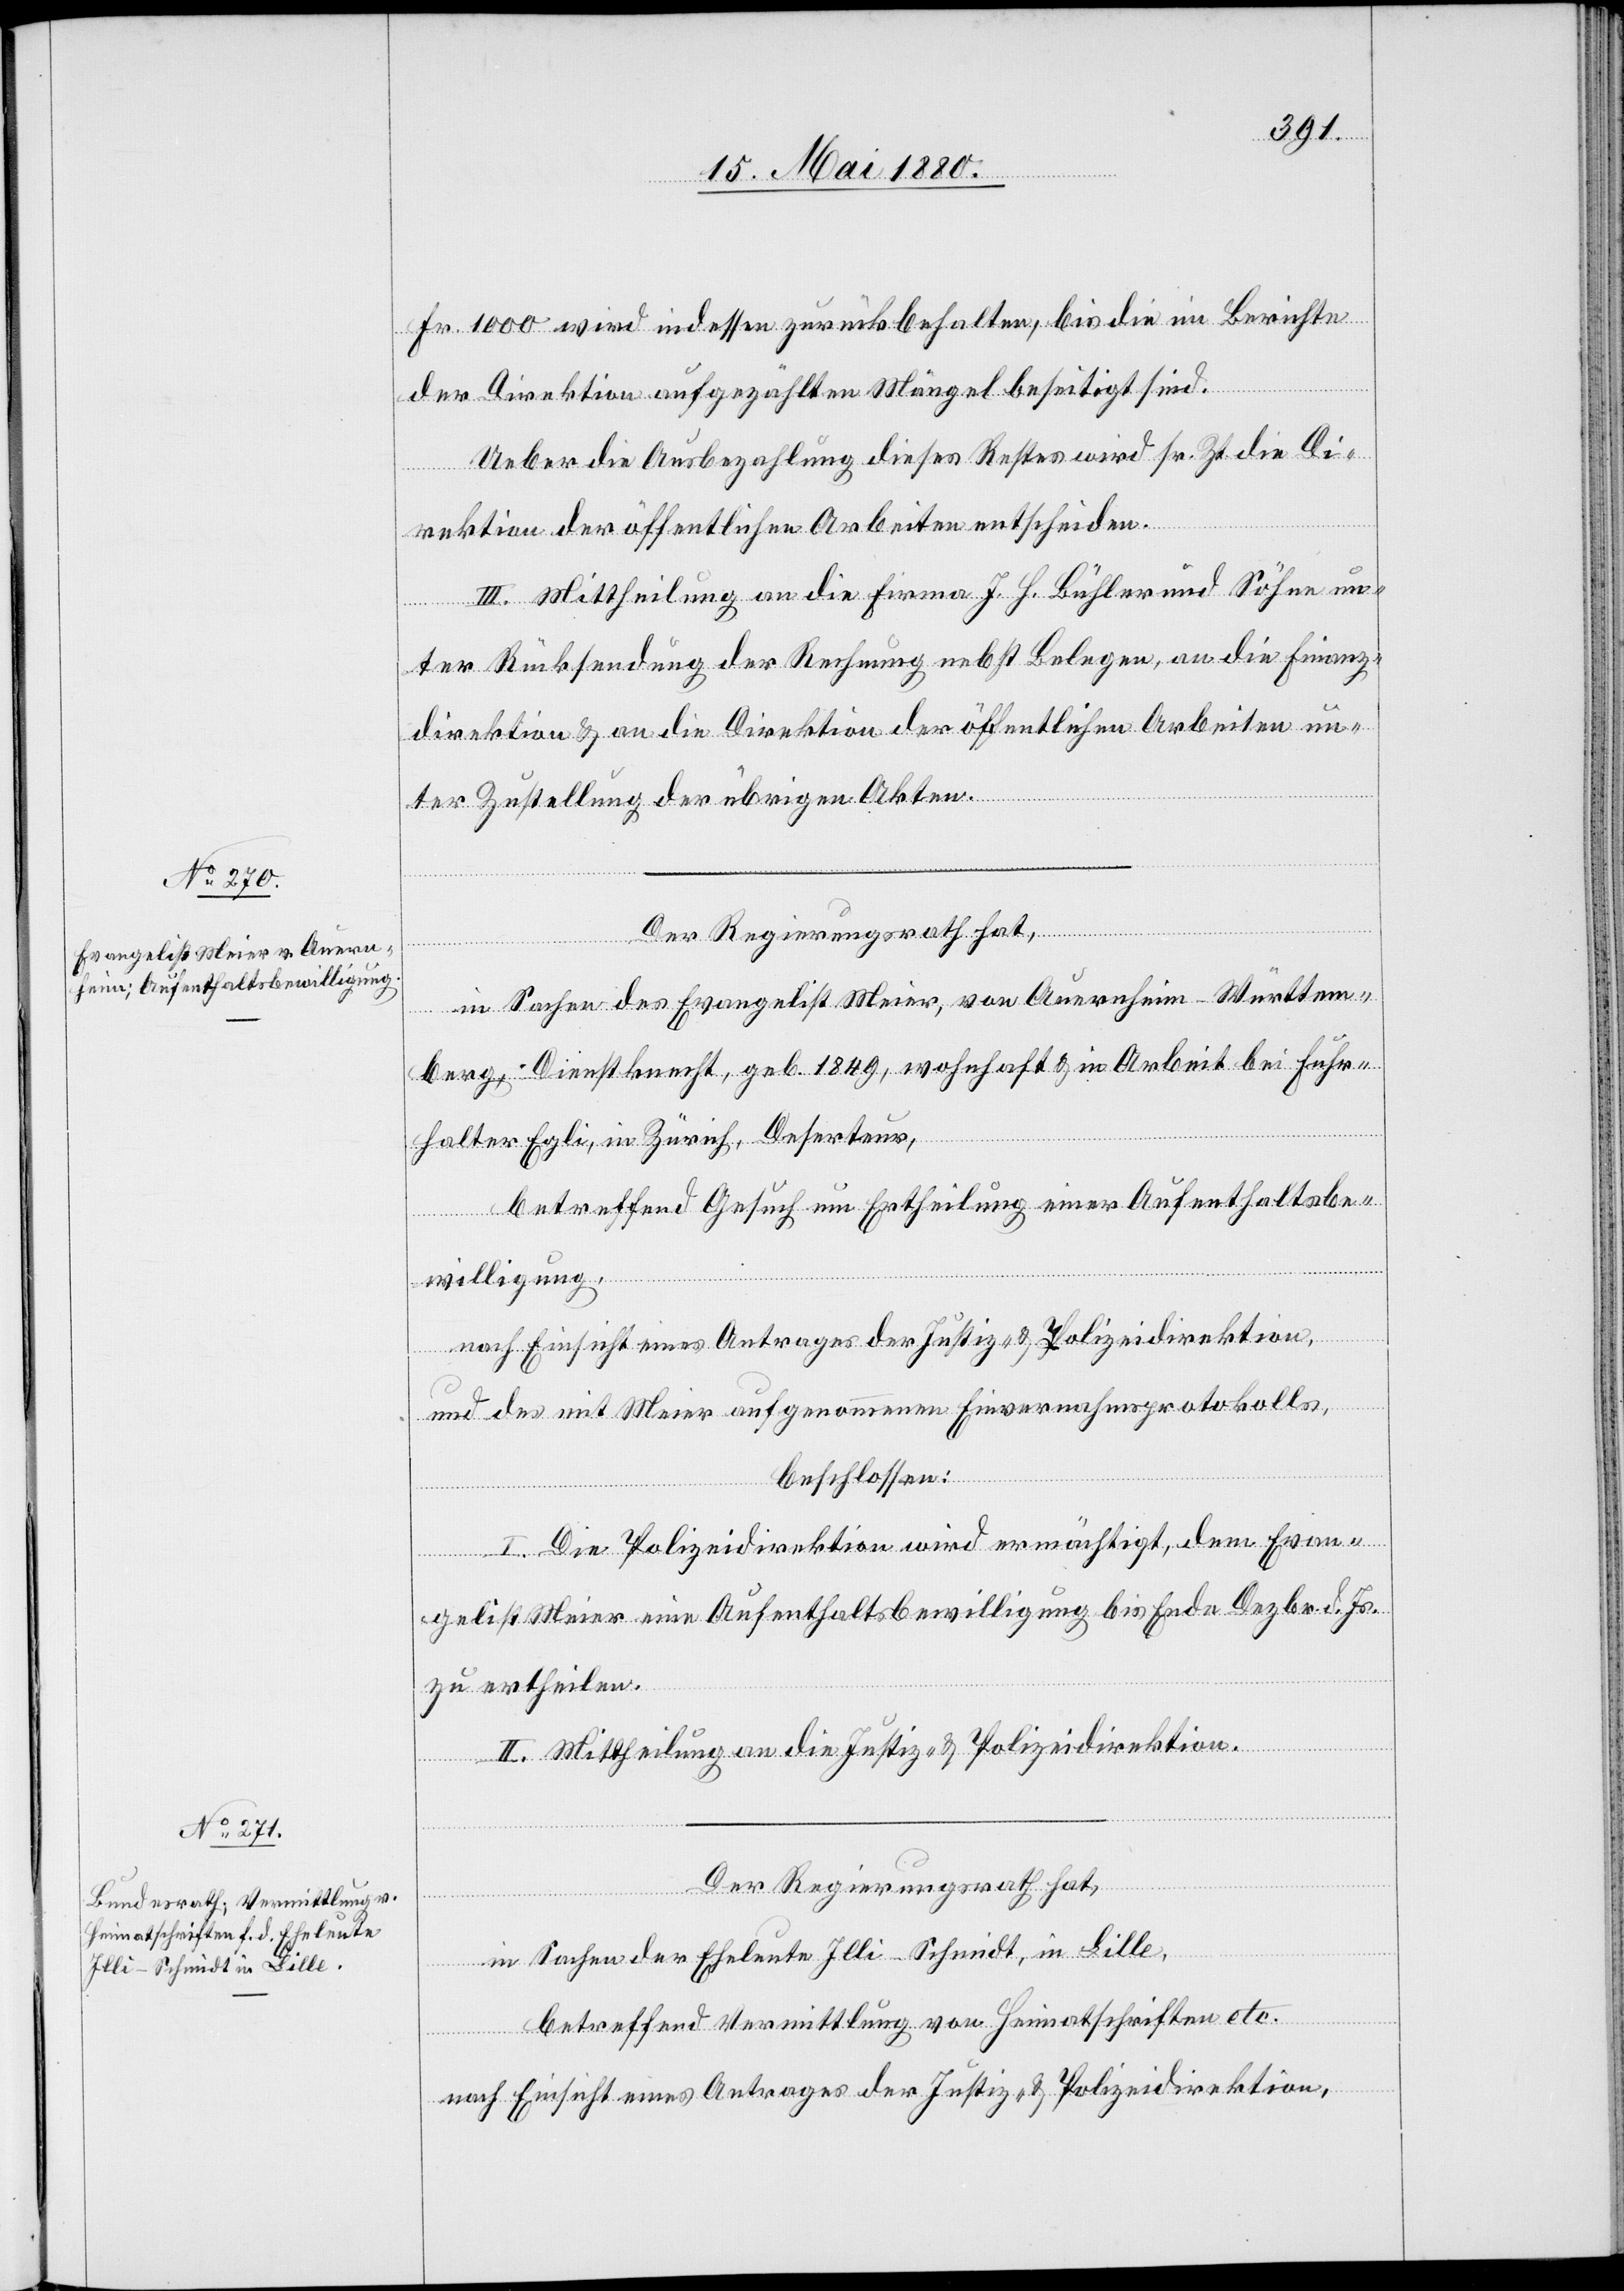
Fr. 1000 wird indessen zurückbehalten, bis die im Berichte
der Direktion aufgezählten Mängel beseitigt sind.
Ueber die Ausbezahlung dieses Rechtes wird sr. Zt die Di¬
rektion der öffentlichen Arbeiten entscheiden.
III. Mittheilung an die Firma J. H. Bühler und Söhne un¬
ter Rücksendung der Rechnung nebst Belegen, an die Finanz¬
direktion & an die Direktion der öffentlichen Arbeiten un¬
ter Zustellung der übrigen Akten.
Der Regierungsrath hat,
in Sachen des Evangelisten Meier, von Auernheim - Württem¬
berg, Dienstknecht, geb. 1849, wohnhaft & in Arbeit bei Fuhr¬
halter Egli, in Zürich, Deserteur,
betreffend Gesuch um Ertheilung einer Aufenthaltsbe¬
willigung,
nach Einsicht eines Antrages der Justiz- & Polizeidirektion,
und des mit Meier aufgenommenen Einvernahmsprotokolls,
beschlossen:
I. Die Polizeidirektion wird ermächtigt, dem Evan¬
gelist Meier eine Aufenthaltsbewilligung bis Ende Dezbr. d. Js.
zu ertheilen.
II. Mittheilung an die Justiz- & Polizeidirektion.
Der Regierungsrath hat,
in Sachen der Eheleute Illi-Schmidt, in Lille,
betreffend Vermittlung von Heimatschriften etc.
nach Einsicht eines Antrages der Justiz- & Polizeidirektion,